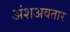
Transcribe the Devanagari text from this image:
अंशअवतार